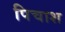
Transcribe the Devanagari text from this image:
पिचाश